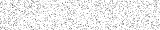
٥